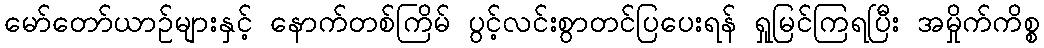
မော်တော်ယာဉ်များနှင့် နောက်တစ်ကြိမ် ပွင့်လင်းစွာတင်ပြပေးရန် ရှုမြင်ကြရပြီး အမှိုက်ကိစ္စ